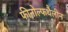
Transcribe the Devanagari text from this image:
फीनोल्फथैलीन